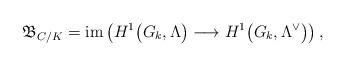
LaTeX: \begin{align*} \mathfrak{B}_{C/K}=\textup{im}\left(H^1\big(G_k,\Lambda\big)\longrightarrow H^1\big(G_k,\Lambda^\vee\big)\right),\end{align*}